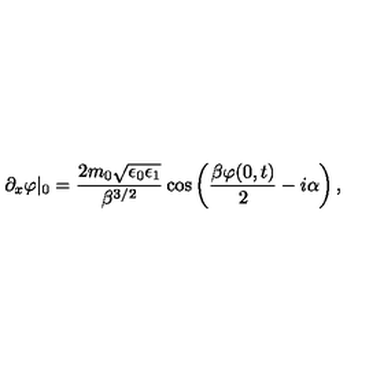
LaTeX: \partial _ { x } \varphi | _ { 0 } = \frac { 2 m _ { 0 } \sqrt { \epsilon _ { 0 } \epsilon _ { 1 } } } { \beta ^ { 3 / 2 } } \cos \left( \frac { \beta \varphi ( 0 , t ) } { 2 } - i \alpha \right) ,